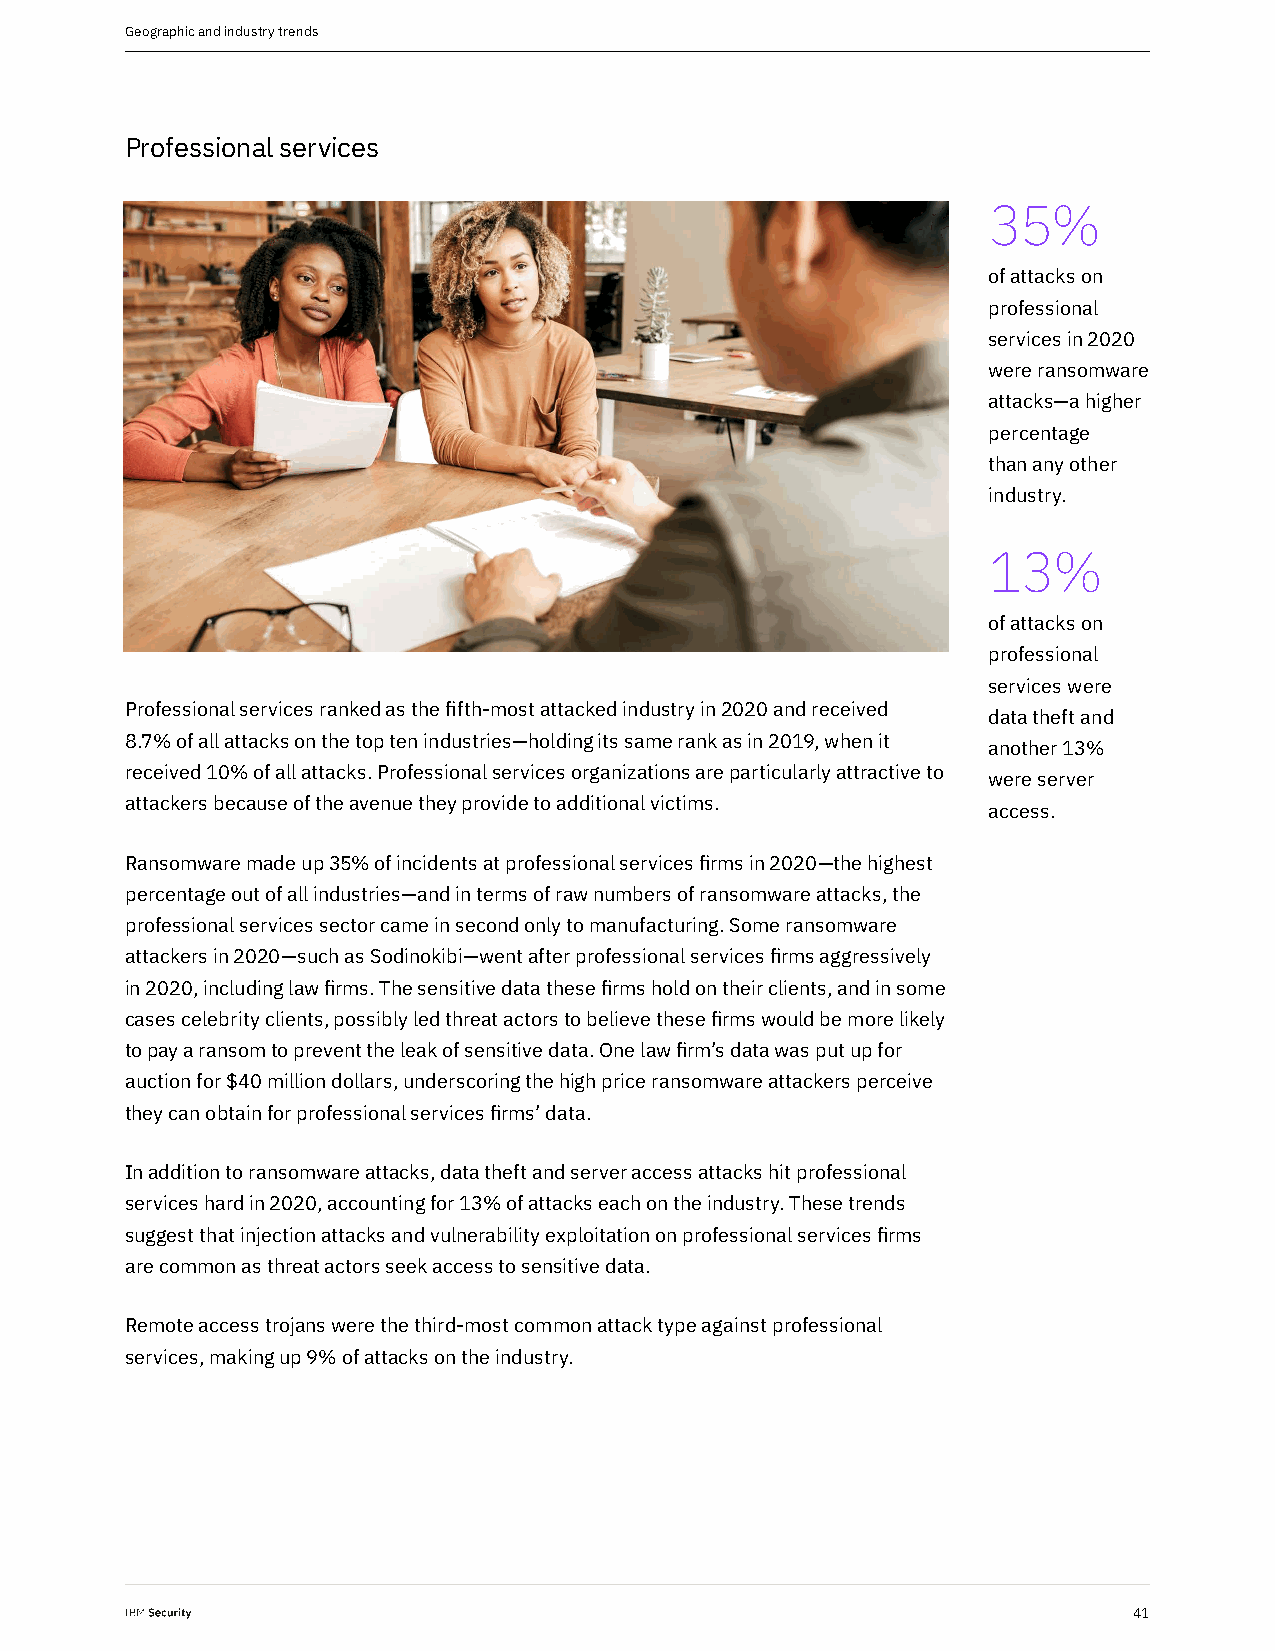
Geographic and industry trends
 Professional services
 35%
 of attacks on
 professional
 services in 2020
 were ransomware
 attacks—a higher
 percentage
 than any other
 industry.
 13%
 of attacks on
 professional
 services were
 Professional services ranked as the fifth-most attacked industry in 2020 and received
 data theft and
 8.7% of all attacks on the top ten industries—holding its same rank as in 2019, when it
 another 13%
 received 10% of all attacks. Professional services organizations are particularly attractive to
 were server
 attackers because of the avenue they provide to additional victims.
 access.
 Ransomware made up 35% of incidents at professional services firms in 2020—the highest
 percentage out of all industries—and in terms of raw numbers of ransomware attacks, the
 professional services sector came in second only to manufacturing. Some ransomware
 attackers in 2020—such as Sodinokibi—went after professional services firms aggressively
 in 2020, including law firms. The sensitive data these firms hold on their clients, and in some
 cases celebrity clients, possibly led threat actors to believe these firms would be more likely
 to pay a ransom to prevent the leak of sensitive data. One law firm’s data was put up for
 auction for $40 million dollars, underscoring the high price ransomware attackers perceive
 they can obtain for professional services firms’ data.
 In addition to ransomware attacks, data theft and server access attacks hit professional
 services hard in 2020, accounting for 13% of attacks each on the industry. These trends
 suggest that injection attacks and vulnerability exploitation on professional services firms
 are common as threat actors seek access to sensitive data.
 Remote access trojans were the third-most common attack type against professional
 services, making up 9% of attacks on the industry.
 41